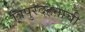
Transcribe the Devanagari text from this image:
त्रिपुरदहनाची